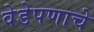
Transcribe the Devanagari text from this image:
वेडेपणाचे